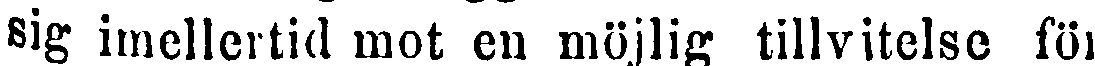
sig imellertid mot en möjlig tillvitelse för